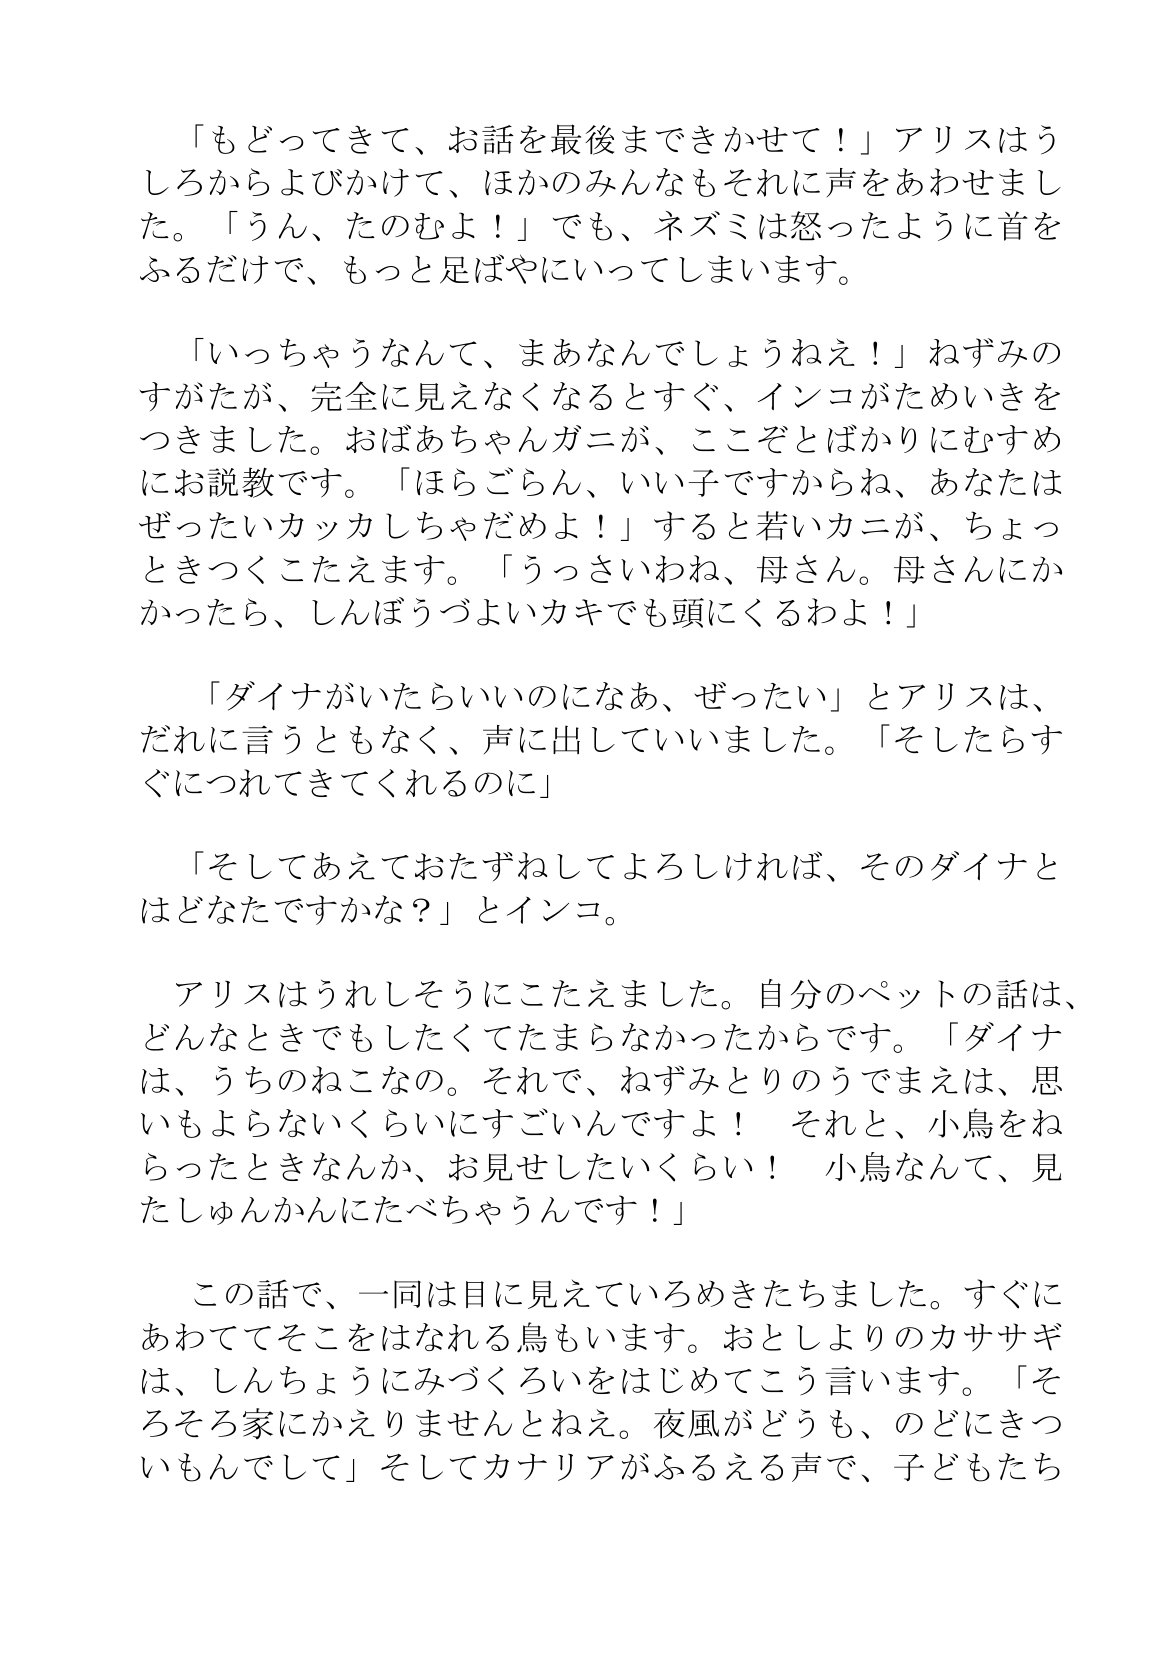
Language: ja